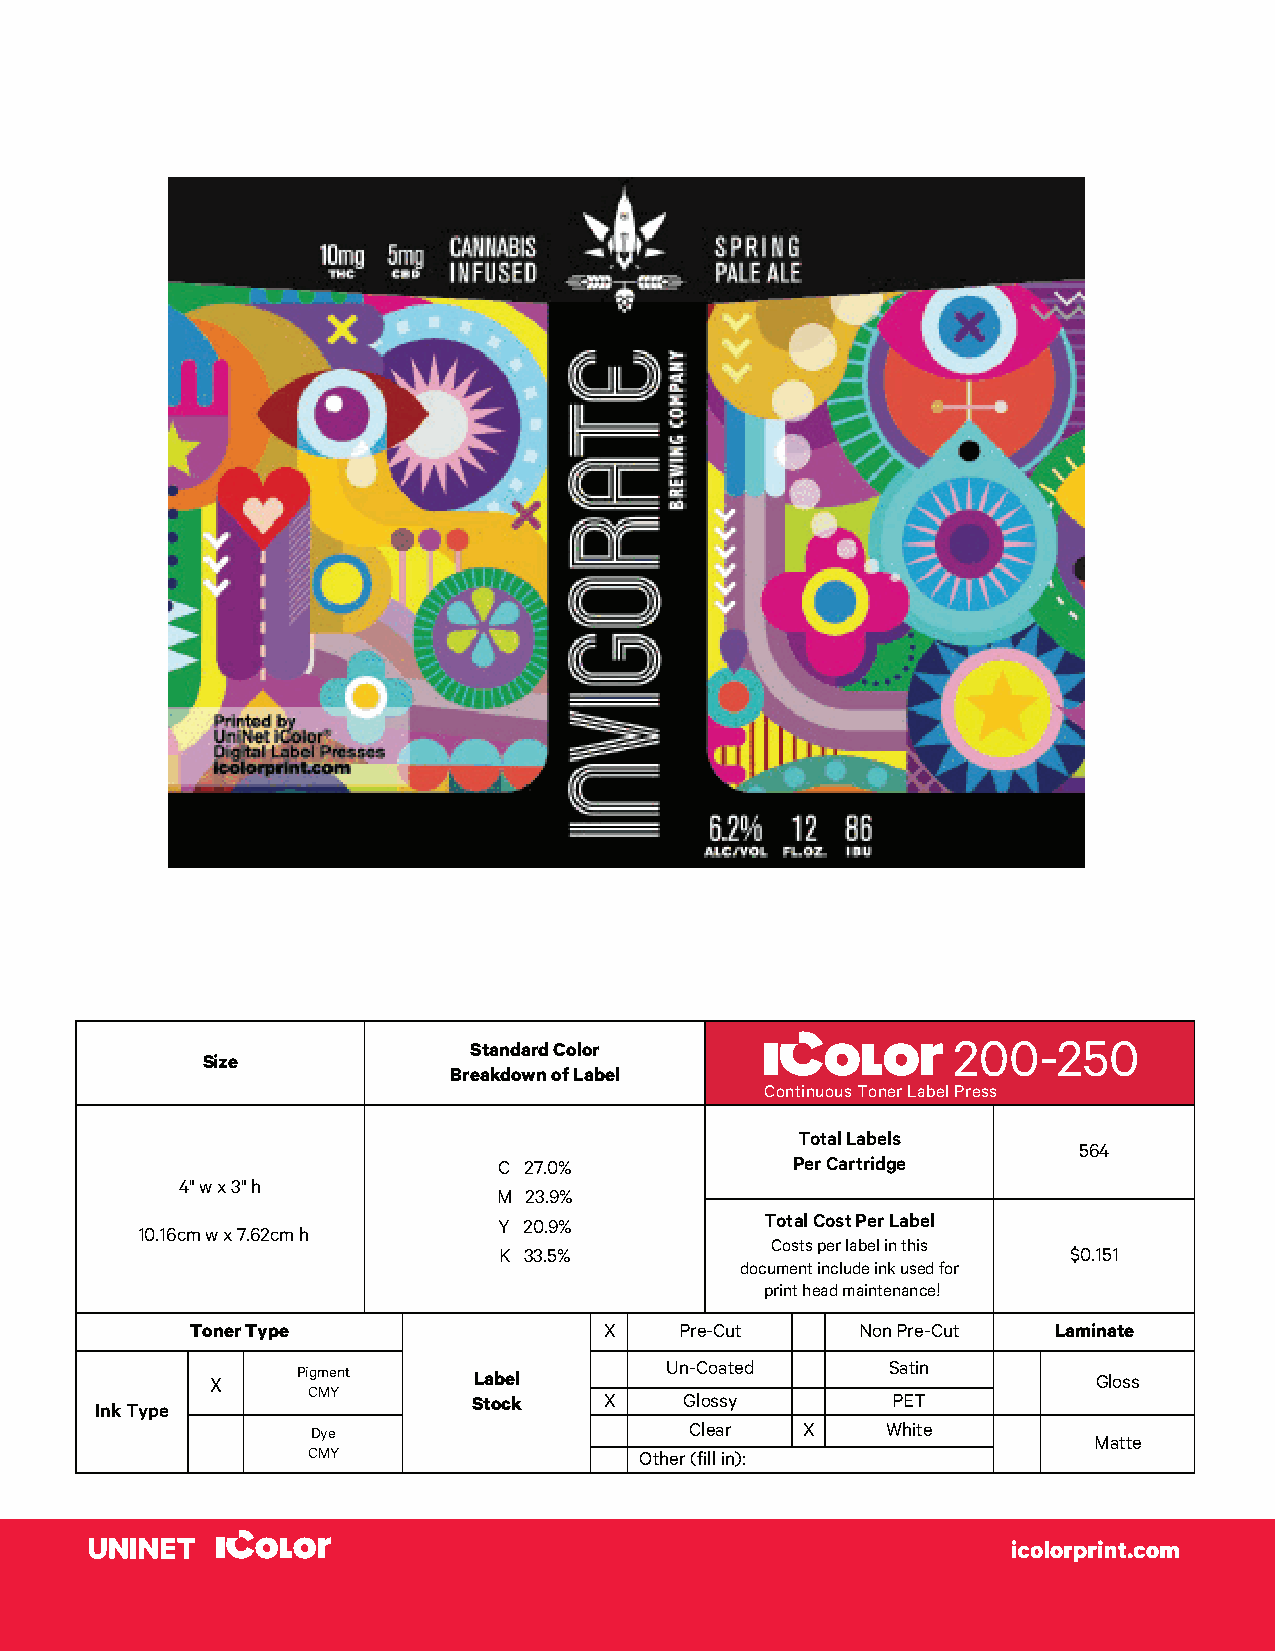
200-250
 Standard Color
 Size
 Breakdown of Label
 Conti nuous Toner Label Press
 Total Labels
 564
 C 27.0%            Per Cartridge
 4" w x 3" h
 M 23.9%
 10.16cm w x 7.62cm h
 Y 20.9%           Total Cost Per Label
 K 33.5%
 Costs per label in this
 $0.151
 document include ink used for
 print head maintenance!
 Toner Type                 X    Pre-Cut     Non Pre-Cut  Laminate
 Un-Coated      Satin
 X     Pigment    Label                                     Gloss
 Ink Type
 CMY        Stock    X    Glossy        PET
 Dye                      Clear  X     White
 Matte
 CMY                   Other (fill in):